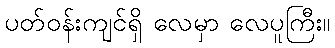
ပတ်ဝန်းကျင်ရှိ လေမှာ လေပူကြီး။